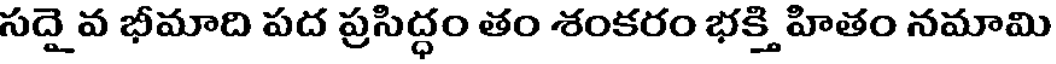
సదై వ భీమాది పద ప్రసిద్ధం తం శంకరం భక్తి హితం నమామి